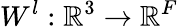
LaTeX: W^{l}:\mathbb{R}^{3}\xrightarrow[]{}\mathbb{R}^{F}